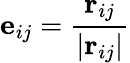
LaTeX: \textbf{e}_{ij}=\frac{\textbf{r}_{ij}}{\left|\textbf{r}_{ij}\right|}